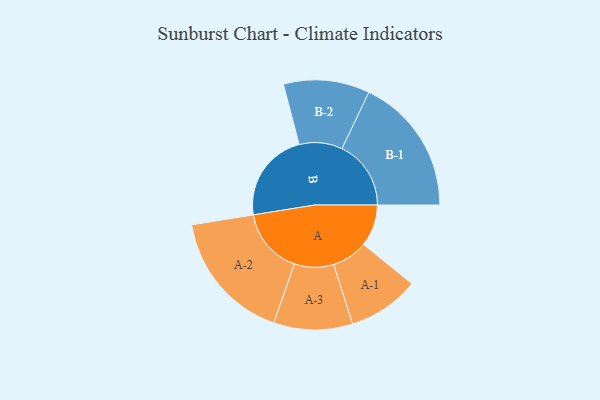
{"axis": {"x": "Segment", "y": "Value"}, "legend": ["", "A", "B"], "data": [{"x": "A", "y": 137, "type": ""}, {"x": "B", "y": 296, "type": ""}, {"x": "A-1", "y": 117, "type": "A"}, {"x": "A-2", "y": 216, "type": "A"}, {"x": "A-3", "y": 129, "type": "A"}, {"x": "B-1", "y": 226, "type": "B"}, {"x": "B-2", "y": 141, "type": "B"}]}